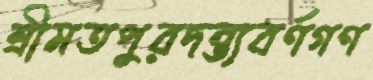
শ্রীমতপুরদন্ত্যবর্ণগণ